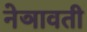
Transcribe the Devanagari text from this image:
नेञावती